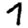
Digit: 7